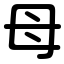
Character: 母